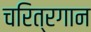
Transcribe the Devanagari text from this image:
चरित्रगान